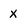
Character: X